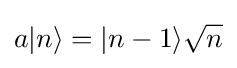
a|n\rangle =|n-1\rangle {\sqrt {n}}